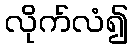
လိုက်လံ၍